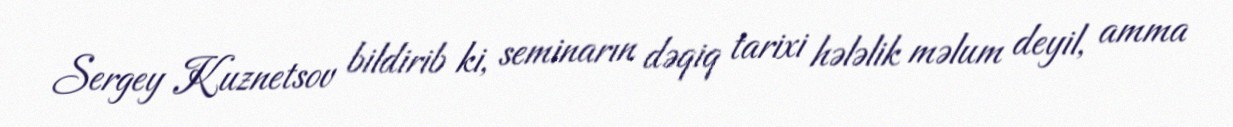
Sergey Kuznetsov bildirib ki, seminarın dəqiq tarixi hələlik məlum deyil, amma